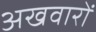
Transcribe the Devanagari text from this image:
अखवारों